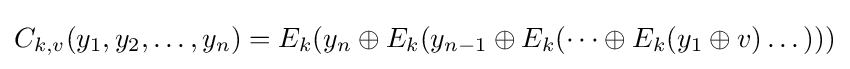
C_{k,v}(y_{1},y_{2},\dots ,y_{n})=E_{k}(y_{n}\oplus E_{k}(y_{n-1}\oplus E_{k}(\dots \oplus E_{k}(y_{1}\oplus v)\dots )))